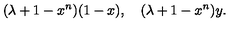
( \lambda + 1 - x ^ { n } ) ( 1 - x ) , \quad ( \lambda + 1 - x ^ { n } ) y .